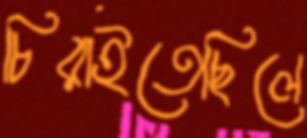
চিরাইতেছিলে